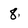
Character: 8